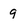
Character: 9